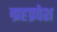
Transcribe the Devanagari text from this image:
ग्रहप्रवेश